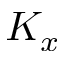
K _ { x }